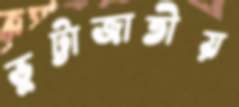
ভুট্টাজাতীয়